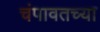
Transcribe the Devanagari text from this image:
चंपावतच्या